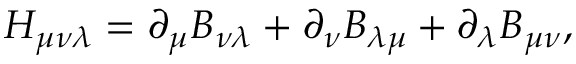
H _ { \mu \nu \lambda } = \partial _ { \mu } B _ { \nu \lambda } + \partial _ { \nu } B _ { \lambda \mu } + \partial _ { \lambda } B _ { \mu \nu } ,